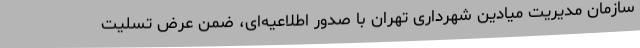
سازمان مدیریت میادین شهرداری تهران با صدور اطلاعیه‌ای، ضمن عرض تسلیت